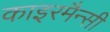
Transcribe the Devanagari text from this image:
काइरमैन्सी